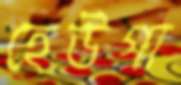
হেউগা